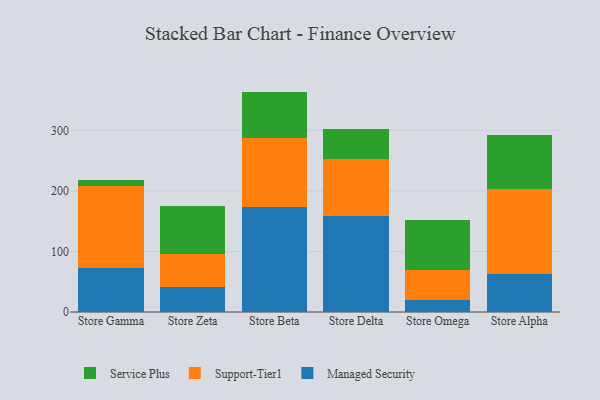
{"axis": {"x": "Store", "y": "Latency (ms)"}, "legend": ["Managed Security", "Service Plus", "Support-Tier1"], "data": [{"x": "Store Gamma", "y": 73.2, "type": "Managed Security"}, {"x": "Store Gamma", "y": 135.2, "type": "Support-Tier1"}, {"x": "Store Gamma", "y": 10.5, "type": "Service Plus"}, {"x": "Store Zeta", "y": 41.3, "type": "Managed Security"}, {"x": "Store Zeta", "y": 54.2, "type": "Support-Tier1"}, {"x": "Store Zeta", "y": 79.9, "type": "Service Plus"}, {"x": "Store Beta", "y": 173.1, "type": "Managed Security"}, {"x": "Store Beta", "y": 114.8, "type": "Support-Tier1"}, {"x": "Store Beta", "y": 76.3, "type": "Service Plus"}, {"x": "Store Delta", "y": 158.1, "type": "Managed Security"}, {"x": "Store Delta", "y": 94.8, "type": "Support-Tier1"}, {"x": "Store Delta", "y": 49.7, "type": "Service Plus"}, {"x": "Store Omega", "y": 19.6, "type": "Managed Security"}, {"x": "Store Omega", "y": 49.9, "type": "Support-Tier1"}, {"x": "Store Omega", "y": 82.1, "type": "Service Plus"}, {"x": "Store Alpha", "y": 63.4, "type": "Managed Security"}, {"x": "Store Alpha", "y": 139.9, "type": "Support-Tier1"}, {"x": "Store Alpha", "y": 90.0, "type": "Service Plus"}]}